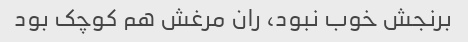
برنجش خوب نبود، ران مرغش هم کوچک بود